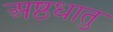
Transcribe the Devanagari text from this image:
अष्ठधातु